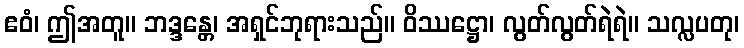
ဧဝံ၊ ဤအတူ။ ဘဒ္ဒန္တေ၊ အရှင်ဘုရားသည်။ ဝိဿဋ္ဌော၊ လွတ်လွတ်ရဲရဲ။ သလ္လပတု၊